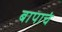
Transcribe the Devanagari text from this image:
बापाचं